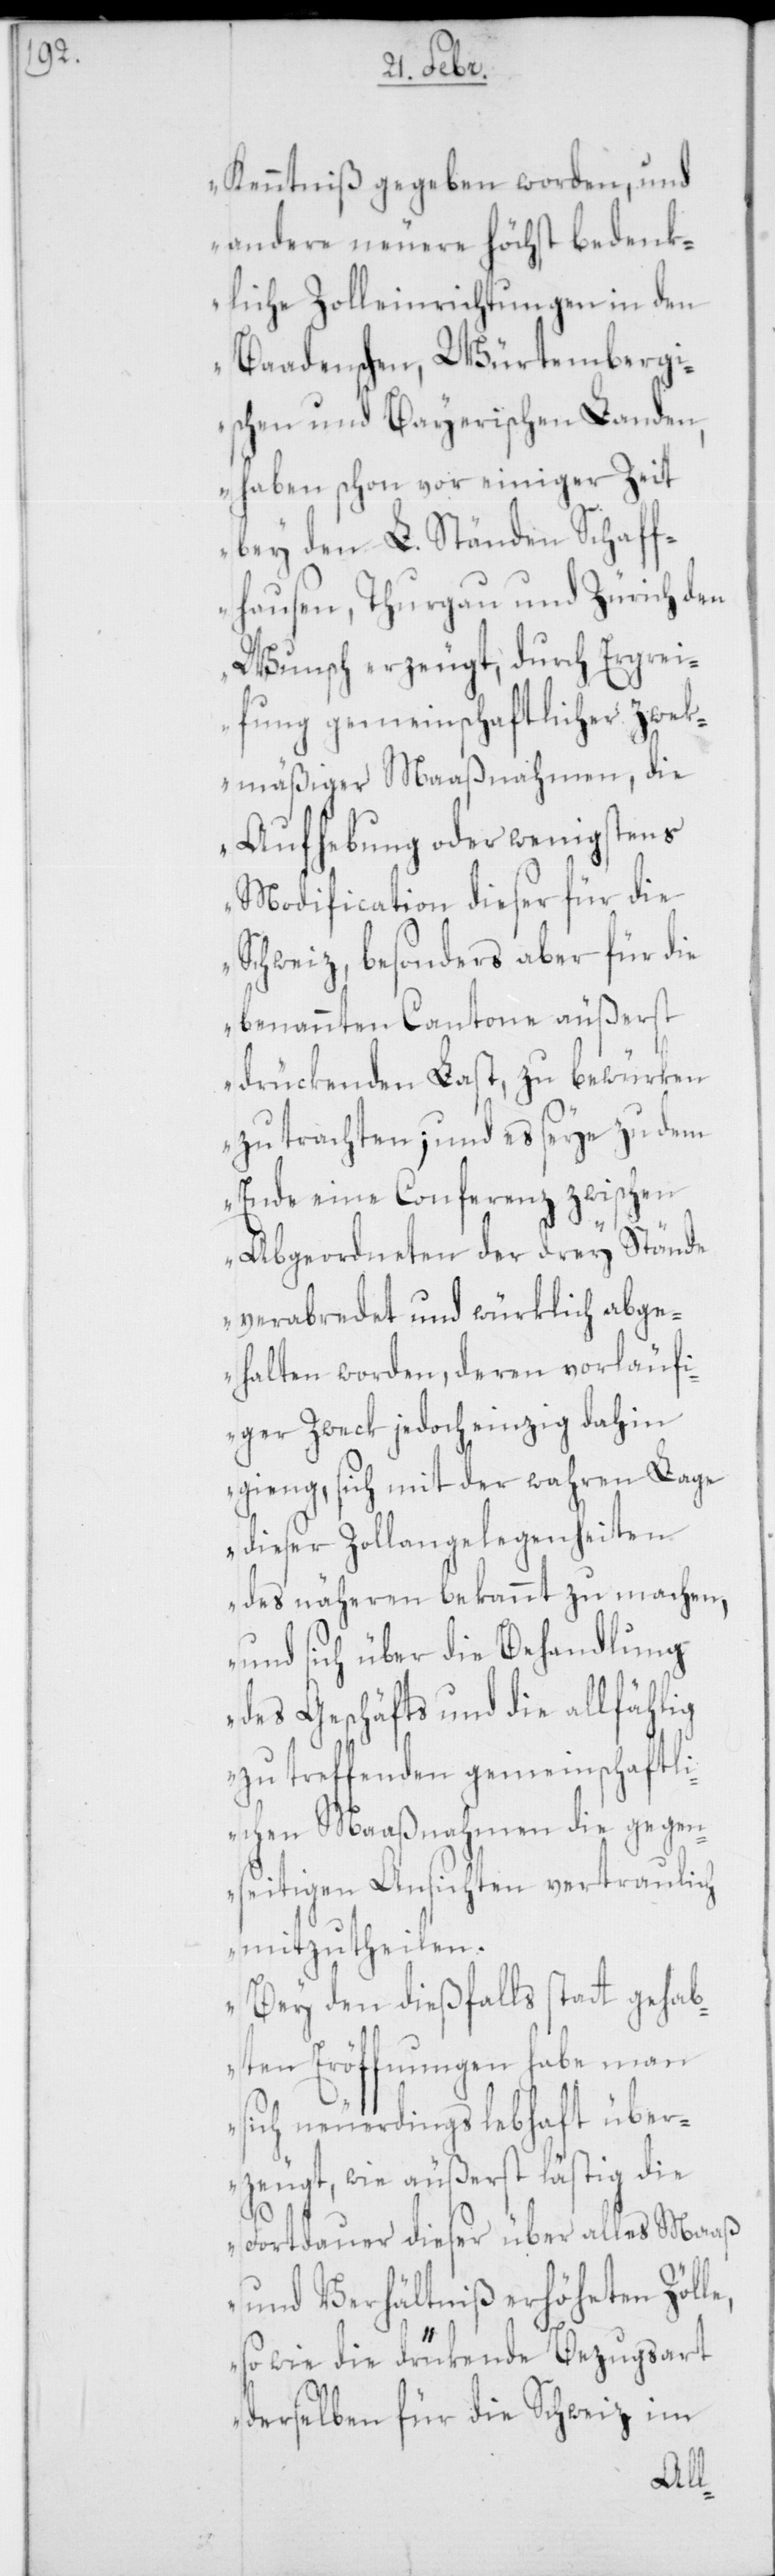
Kenntniß gegeben worden, und
andere neuere höchst bedenk¬
liche Zolleinrichtungen in den
Baadenschen, Würtemberg¬
ischen und Bayerischen Landen,
haben schon vor einiger Zeit
bey den L. Ständen Schaff¬
hausen, Thurgau und Zürich den
Wunsch erzeugt, durch Ergre¬
ifung gemeinschaftlicher zweck¬
mäßiger Maaßnahmen, die
Aufhebung oder wenigstens
Modification dieser für die
Schweiz, besonders aber für die
benannten Cantone äußerst
drückenden Last, zu bewürken
zu trachten; und es seye zu dem
Ende eine Conferenz zwischen
Abgeordneten der drey Stände
verabredet und würklich abge¬
halten worden, deren vorläufi¬
ger Zweck jedoch einzig dahin
gieng, sich mit der wahren Lage
dieser Zollangelegenheiten
des näheren bekannt zu machen,
und sich über die Behandlung
des Geschäfts und die allfählig
zu treffenden gemeinschaftli¬
chen Maaßnahmen die gegen¬
seitigen Ansichten vertraulich
mitzutheilen.
Bey den dießfalls statt gehab¬
ten Eröffnungen habe man
sich neuerdings lebhaft über¬
zeugt, wie äußerst lästig die
Fortdauer dieser über alles Maaß
und Verhältniß erhöheten Zölle,
sowie die drükende Bezugsart
derselben für die Schweiz im